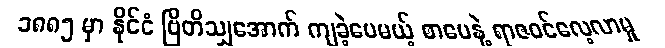
၁၈၈၅ မှာ နိုင်ငံ ဗြိတိသျှအောက် ကျခဲ့ပေမယ့် စာပေနဲ့ ရာဇဝင်လေ့လာမှု